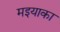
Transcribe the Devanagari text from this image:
मइयाका